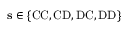
\mathbf { s } \in \{ \mathrm { C C } , \mathrm { C D } , \mathrm { D C } , \mathrm { D D } \}